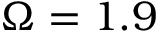
\Omega = 1 . 9